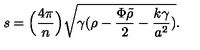
s = \Big ( { \frac { 4 \pi } { n } } \Big ) \sqrt { \gamma ( \rho - { \frac { \Phi \tilde { \rho } } { 2 } } - { \frac { k \gamma } { a ^ { 2 } } } ) } .